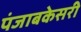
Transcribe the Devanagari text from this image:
पंजाबकेसरी